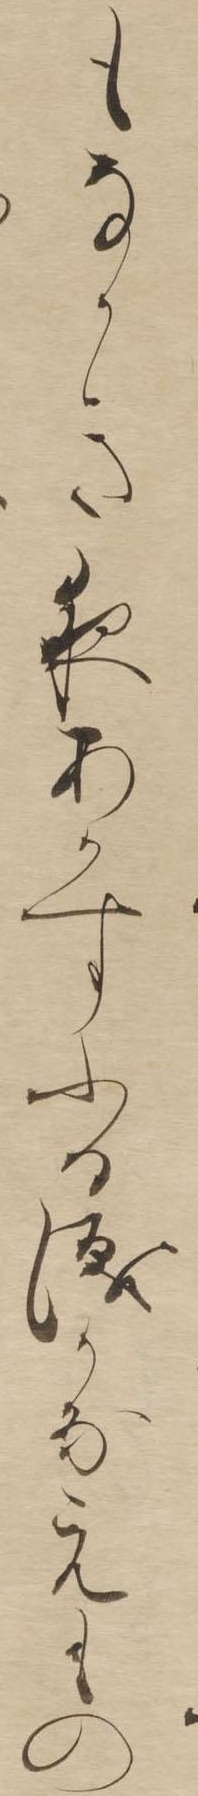
もなかき夜あかすふる涙かなえもの